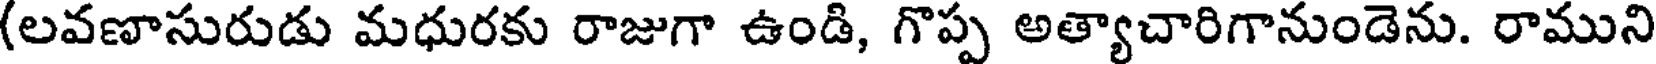
(లవణాసురుడు మధురకు రాజుగా ఉండి, గొప్ప అత్యాచారిగానుండెను. రాముని